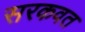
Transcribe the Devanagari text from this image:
सरकवत